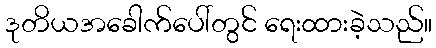
ဒုတိယအခေါက်ပေါ်တွင် ရေးထားခဲ့သည်။